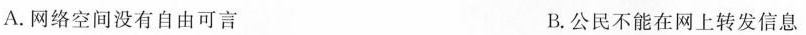
A. 网络空间没有自由可言 B. 公民不能在网上转发信息